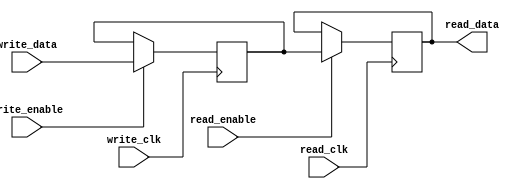
module DualPortRegister (
   input wire write_clk,
   input wire read_clk,
   input wire [31:0] write_data,
   input wire write_enable,
   input wire read_enable,
   output reg [31:0] read_data
);

reg [31:0] reg_data;

always @(posedge write_clk) begin
   if (write_enable)
      reg_data <= write_data;
end

always @(posedge read_clk) begin
   if (read_enable)
      read_data <= reg_data;
end

endmodule